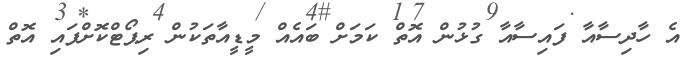
އެ ހާދިސާއާ ފައިސާއާ ގުޅުން އޮތް ކަމަށް ބައެއް މީޑީއާތަކުން ރިޕޯޓްކޮށްފައި އޮތް